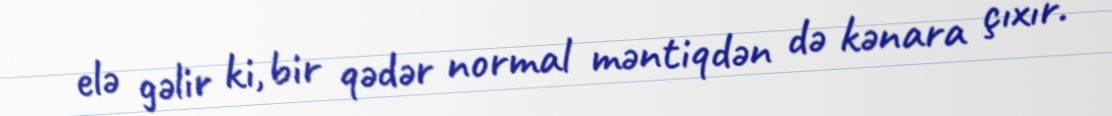
elə gəlir ki, bir qədər normal məntiqdən də kənara çıxır.